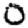
Digit: 0